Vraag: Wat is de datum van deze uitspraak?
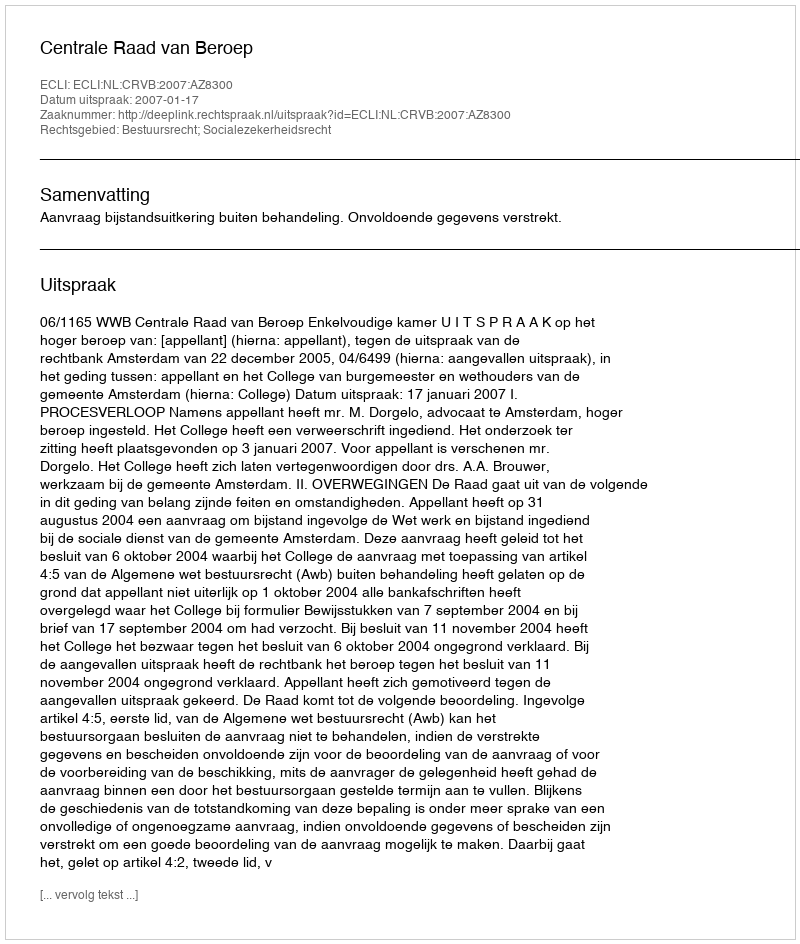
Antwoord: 2007-01-17